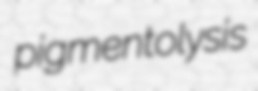
pigmentolysis